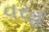
વરહ